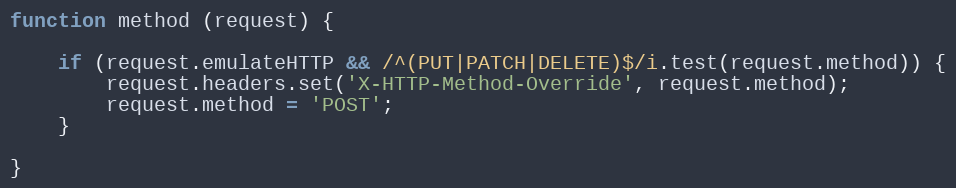
Language: JavaScript
function method (request) {

    if (request.emulateHTTP && /^(PUT|PATCH|DELETE)$/i.test(request.method)) {
        request.headers.set('X-HTTP-Method-Override', request.method);
        request.method = 'POST';
    }

}